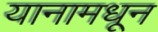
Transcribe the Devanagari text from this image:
यानामधून